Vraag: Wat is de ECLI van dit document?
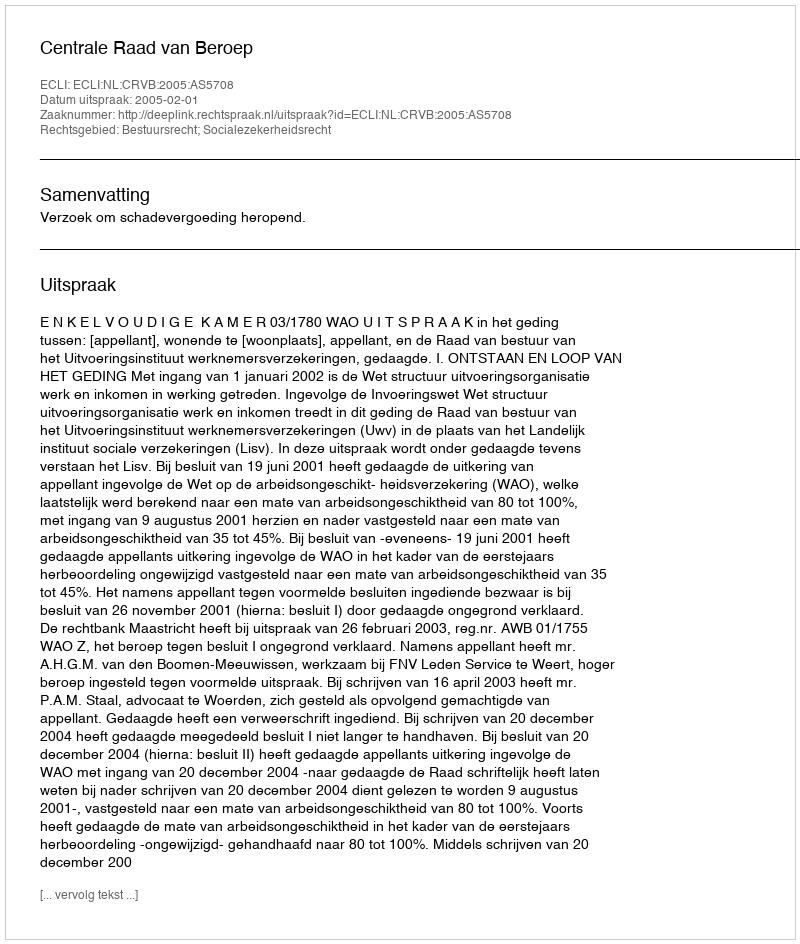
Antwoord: ECLI:NL:CRVB:2005:AS5708